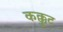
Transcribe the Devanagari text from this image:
कक्कुट